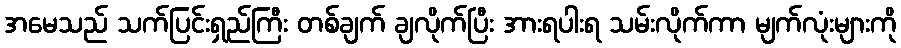
အမေသည် သက်ပြင်းရှည်ကြီး တစ်ချက် ချလိုက်ပြီး အားရပါးရ သမ်းလိုက်ကာ မျက်လုံးများကို